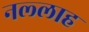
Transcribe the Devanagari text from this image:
नल्‍लाह